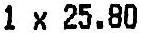
1 X 25.80